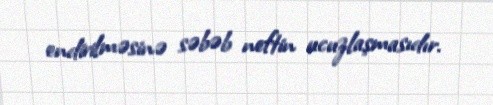
endirilməsinə səbəb neftin ucuzlaşmasıdır.